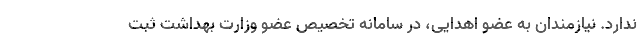
ندارد. نیازمندان به عضو اهدایی، در سامانه تخصیص عضو وزارت بهداشت ثبت